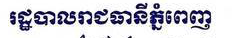
រដ្ឋបាលរាជធានី